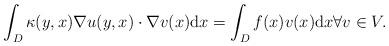
LaTeX: \begin{align*}\int_{D}\kappa(y,x)\nabla u(y,x)\cdot\nabla v(x)\mathrm{d}x=\int_{D}f(x)v(x)\mathrm{d}x\forall v\in V.\end{align*}